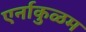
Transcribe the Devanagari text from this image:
एर्नाकुळम